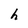
Character: h